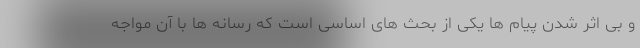
و بی اثر شدن پیام ها یکی از بحث های اساسی است که رسانه ها با آن مواجه